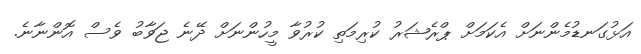
އަޅުގަނޑުމެންނަށް އެކަމަށް ޕްރެޝަރު ކުރިމަތި ކުރުވާ މީހުންނަށް ދޭނެ ޖަވާބު ވެސް އޮންނާނެ.